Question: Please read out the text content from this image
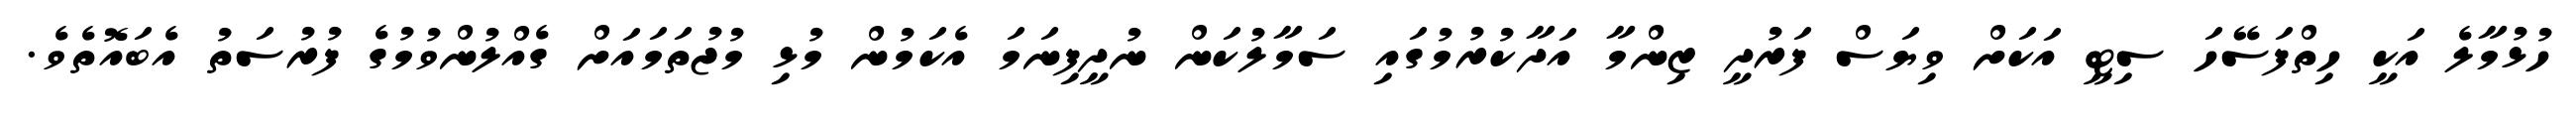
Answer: ހުޅުމާލެ އަކީ ހިތްފަސޭހަ ސިޓީ އަކަށް ވިޔަސް ފަރުދީ ޒިންމާ އަދާކުރުމުގައި ސަމާލުކަން ނުދީފިނަމަ އެކަމުން މުޅި މުޖުތަމައަށް ގެއްލުންވުމުގެ ފުރުސަތު އެބައޮތެވެ.